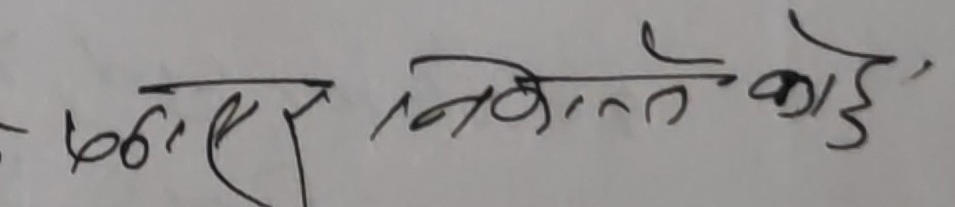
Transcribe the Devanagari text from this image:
भएर निवेदनको हो